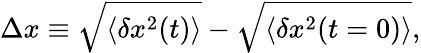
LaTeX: \Delta x\equiv\sqrt{\langle\delta x^{2}(t)\rangle}-\sqrt{\langle\delta x^{2}(t=0)\rangle},